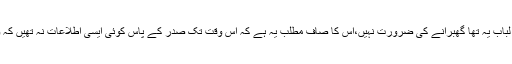
صدر ٹرمپ کے ان تمام بیانات کا لُب ِ لباب یہ تھا گھبرانے کی ضرورت نہیں،اِس کا صاف مطلب یہ ہے کہ اُس وقت تک صدر کے پاس کوئی ایسی اطلاعات نہ تھیں کہ وائرس کسی لیبارٹری میں تیار ہوا ہے۔